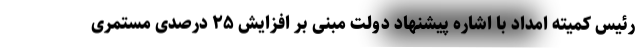
رئیس کمیته امداد با اشاره پیشنهاد دولت مبنی بر افزایش ۲۵ درصدی مستمری